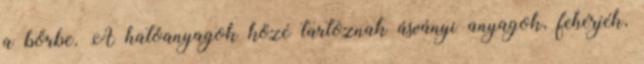
a bőrbe. A hatóanyagok közé tartoznak ásványi anyagok, fehérjék,